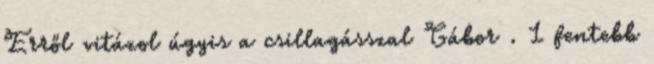
Erről vitázol úgyis a csillagásszal Gábor . 1 fentebb